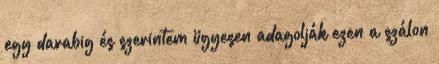
egy darabig és szerintem ügyesen adagolják ezen a szálon